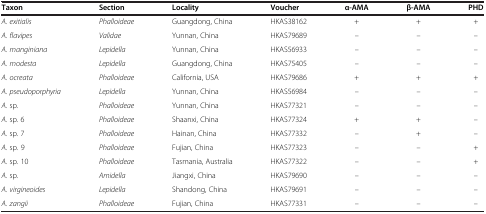
<table><thead><tr><td><b>Taxon</b></td><td><b>Section</b></td><td><b>Locality</b></td><td><b>Voucher</b></td><td><b>α-AMA</b></td><td><b>β-AMA</b></td><td><b>PHD</b></td></tr></thead><tbody><tr><td><i>A. exitialis</i></td><td><i>Phalloideae</i></td><td>Guangdong, China</td><td>HKAS38162</td><td>+</td><td>+</td><td>+</td></tr><tr><td><i>A. flavipes</i></td><td><i>Validae</i></td><td>Yunnan, China</td><td>HKAS79689</td><td>–</td><td>–</td><td>–</td></tr><tr><td><i>A. manginiana</i></td><td><i>Lepidella</i></td><td>Yunnan, China</td><td>HKAS56933</td><td>–</td><td>–</td><td>–</td></tr><tr><td><i>A. modesta</i></td><td><i>Lepidella</i></td><td>Guangdong, China</td><td>HKAS75405</td><td>–</td><td>–</td><td>–</td></tr><tr><td><i>A. ocreata</i></td><td><i>Phalloideae</i></td><td>California, USA</td><td>HKAS79686</td><td>+</td><td>+</td><td>+</td></tr><tr><td><i>A. pseudoporphyria</i></td><td><i>Lepidella</i></td><td>Yunnan, China</td><td>HKAS56984</td><td>–</td><td>–</td><td>–</td></tr><tr><td><i>A.</i> sp.</td><td><i>Phalloideae</i></td><td>Yunnan, China</td><td>HKAS77321</td><td>–</td><td>–</td><td>–</td></tr><tr><td><i>A.</i> sp. 6</td><td><i>Phalloideae</i></td><td>Shaanxi, China</td><td>HKAS77324</td><td>+</td><td>+</td><td>–</td></tr><tr><td><i>A.</i> sp. 7</td><td><i>Phalloideae</i></td><td>Hainan, China</td><td>HKAS77332</td><td>–</td><td>+</td><td>–</td></tr><tr><td><i>A.</i> sp<i>.</i> 9</td><td><i>Phalloideae</i></td><td>Fujian, China</td><td>HKAS77323</td><td>–</td><td>–</td><td>+</td></tr><tr><td><i>A.</i> sp<i>.</i> 10</td><td><i>Phalloideae</i></td><td>Tasmania, Australia</td><td>HKAS77322</td><td>–</td><td>–</td><td>+</td></tr><tr><td><i>A.</i> sp.</td><td><i>Amidella</i></td><td>Jiangxi, China</td><td>HKAS79690</td><td>–</td><td>–</td><td>–</td></tr><tr><td><i>A. virgineoides</i></td><td><i>Lepidella</i></td><td>Shandong, China</td><td>HKAS79691</td><td>–</td><td>–</td><td>–</td></tr><tr><td><i>A. zangii</i></td><td><i>Phalloideae</i></td><td>Fujian, China</td><td>HKAS77331</td><td>–</td><td>–</td><td>–</td></tr></tbody></table>